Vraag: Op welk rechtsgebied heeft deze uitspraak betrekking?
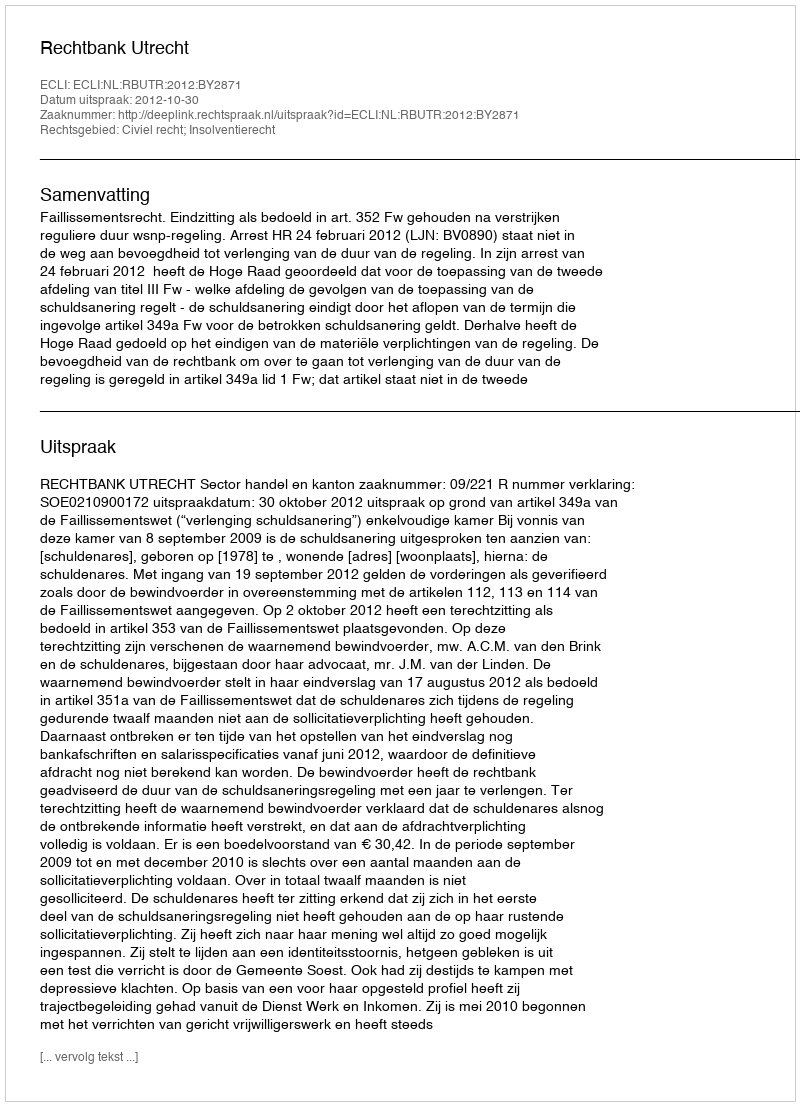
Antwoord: Civiel recht; Insolventierecht